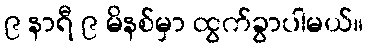
၉ နာရီ ၉ မိနစ်မှာ ထွက်ခွာပါမယ်။